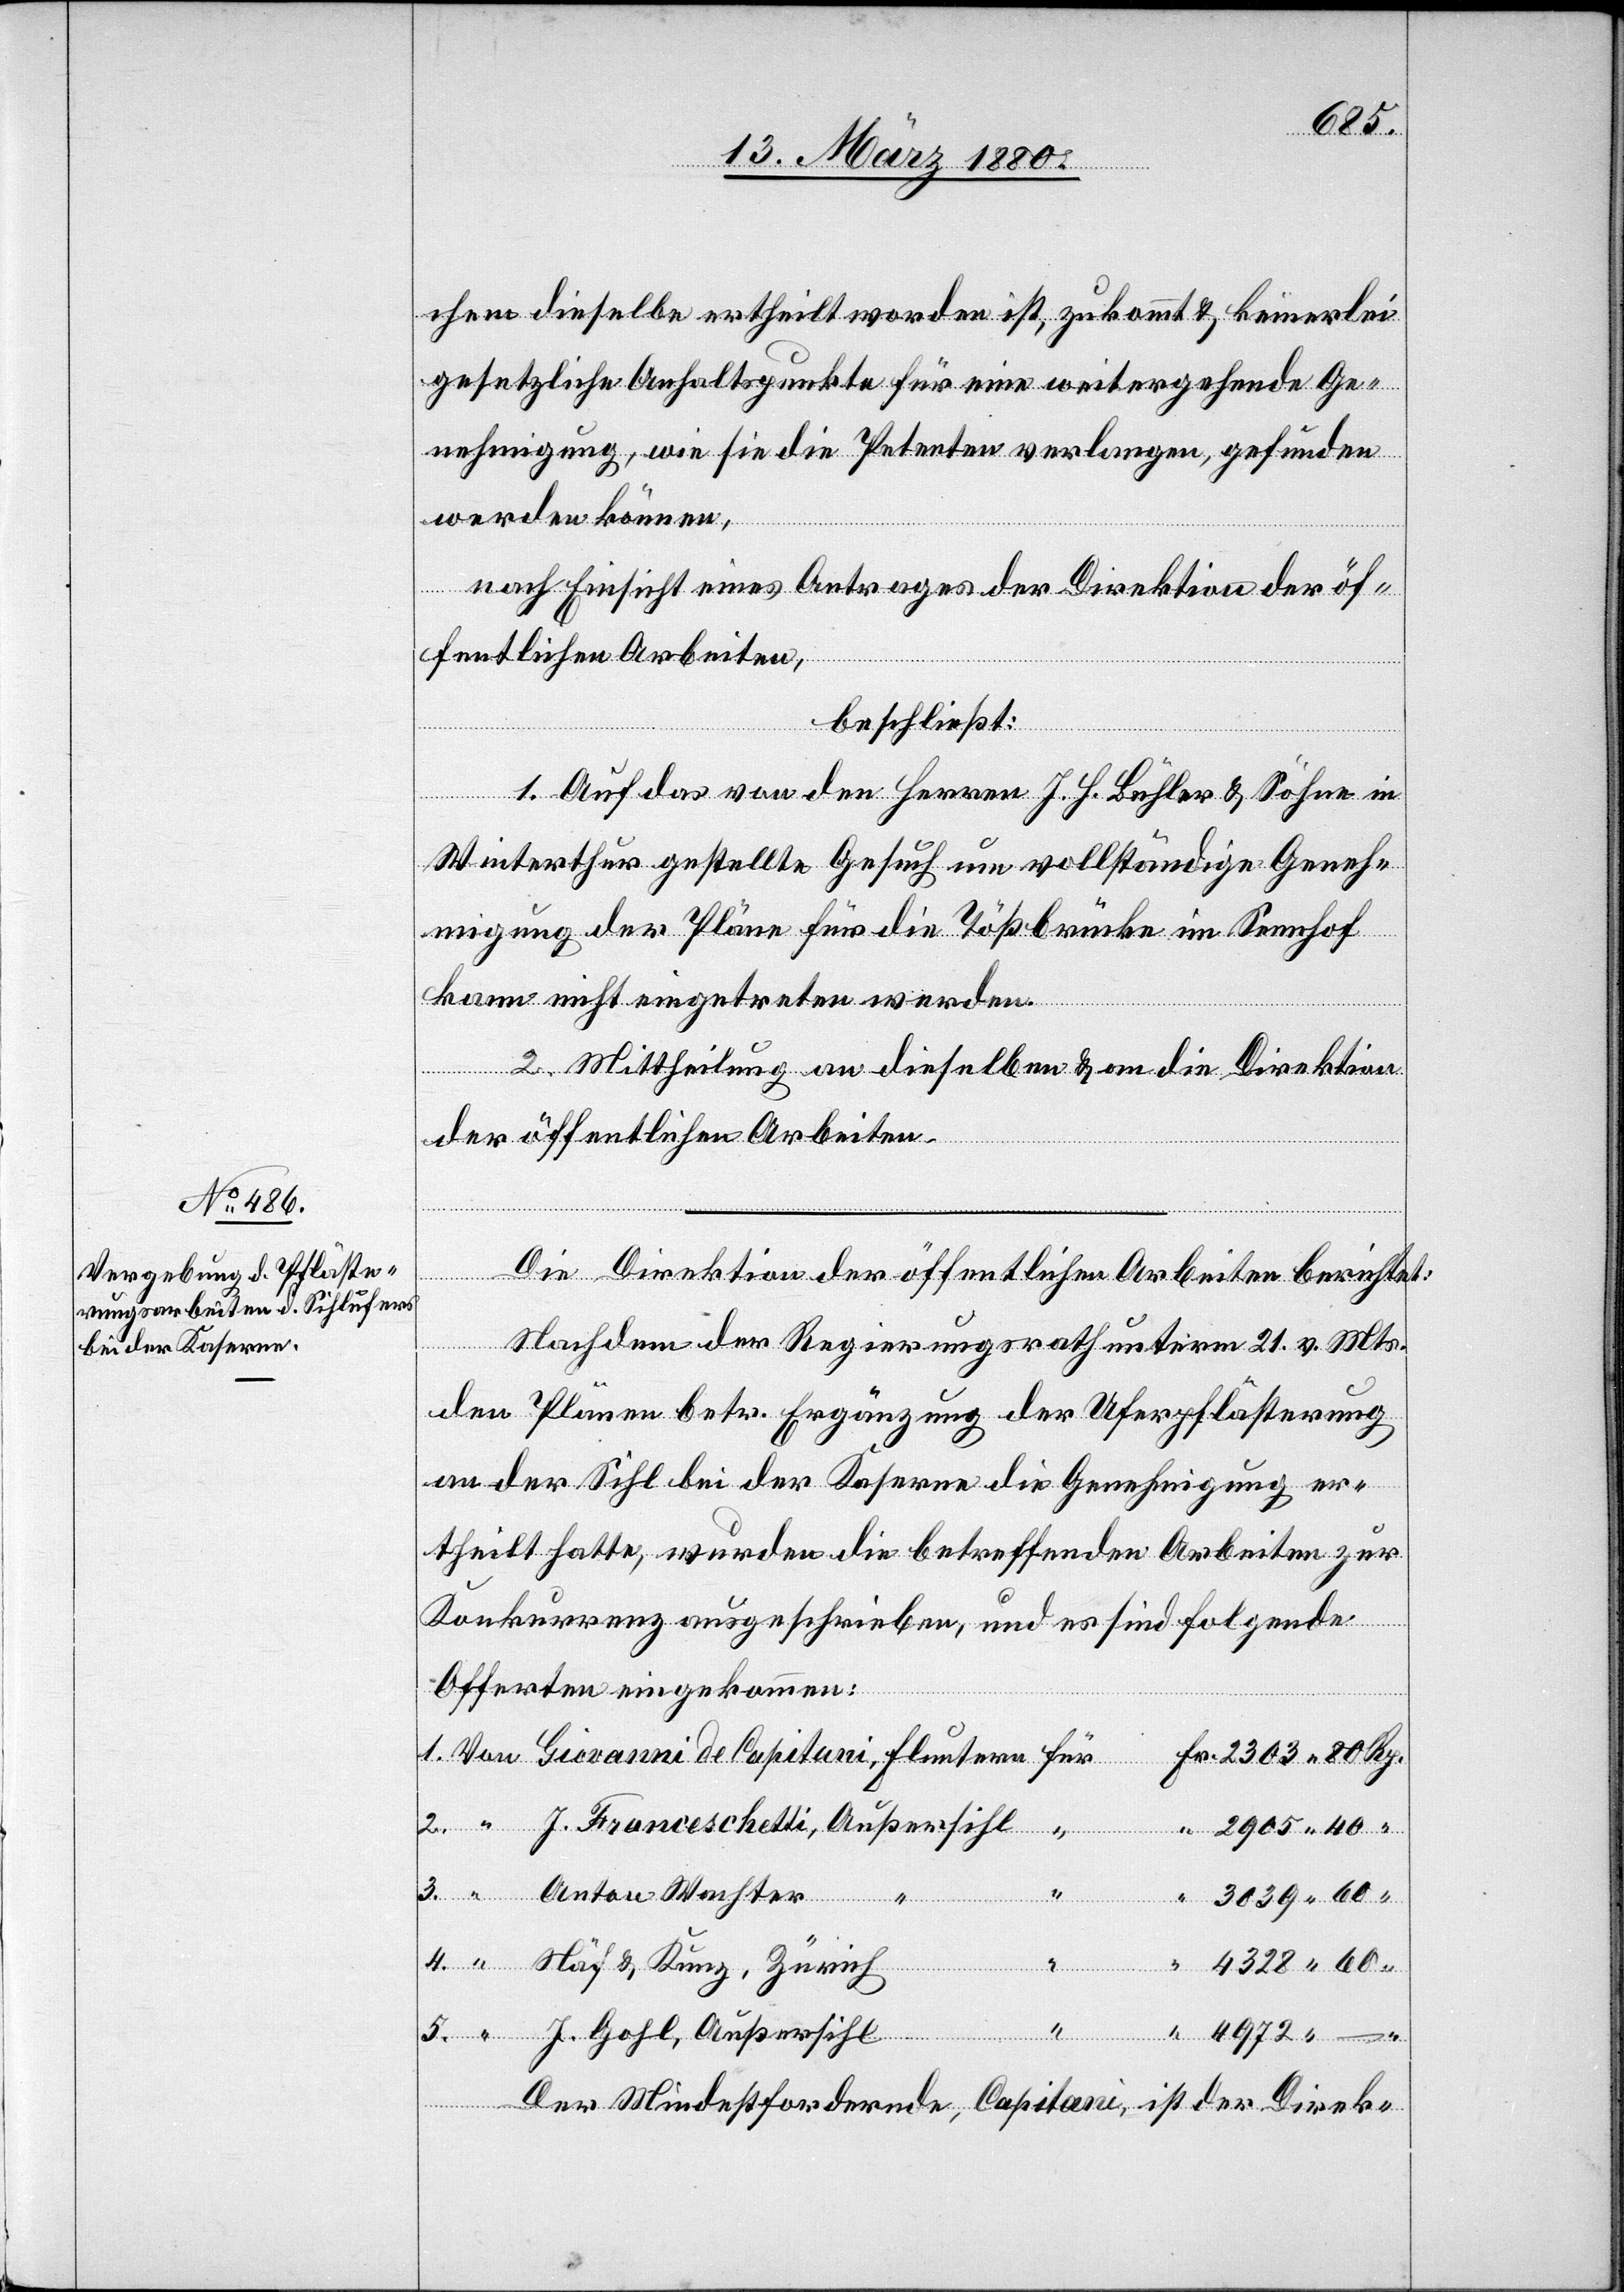
chem dieselbe ertheilt worden ist, zukommt & keinerlei
gesetzliche Anhaltspunkte für eine weitergehende Ge¬
nehmigung, wie sie die Petenten verlange, gefunden
werden können,
nach Einsicht eines Antrages der Direktion der öf¬
fentlichen Arbeiten,
beschließt:
1. Auf das von den Herren J. H. Bühler & Söhne in
Winterthur gestellte Gesuch um vollständige Geneh¬
migung der Pläne für die Tößbrücke im Sennhof
kann nicht eingetreten werden.
2. Mittheilung an dieselbe & an die Direktion
der öffentlichen Arbeiten.
Die Direktion der öffentlichen Arbeiten berichtet:
hter
Nachdem der Regierungsrath unterm 21. v. Mts.
den Plänen betr. Ergänzung der Uferpflästerung
an der Sihl bei der Kaserne die Genehmigung er¬
theilt hatte, wurden die betreffenden Arbeiten zur
Konkurrenz ausgeschrieben, und es sind folgende
Offerten eingekommen:
Näf
J. Franceschetti, Außersihl
5.
3.
4.
J. Gohl, Außersihl
4972.
Der Mindestfordernde, Capitani, ist der Direk-